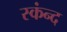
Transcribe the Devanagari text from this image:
स्कंन्द